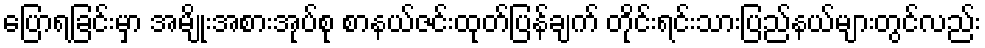
ပြောရခြင်းမှာ အမျိုးအစားအုပ်စု စာနယ်ဇင်းထုတ်ပြန်ချက် တိုင်းရင်းသားပြည်နယ်များတွင်လည်း